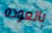
بالعوده